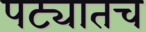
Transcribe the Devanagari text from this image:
पट्यातच